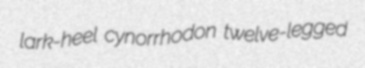
lark-heel cynorrhodon twelve-legged